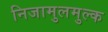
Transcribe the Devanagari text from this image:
निजामुलमुल्क